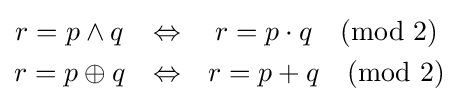
{\begin{matrix}r=p\land q&\Leftrightarrow &r=p\cdot q{\pmod {2}}\\[3pt]r=p\oplus q&\Leftrightarrow &r=p+q{\pmod {2}}\\\end{matrix}}